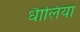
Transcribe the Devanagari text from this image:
धैालिया